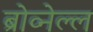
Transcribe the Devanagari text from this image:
ब्रोव्नेल्ल